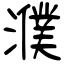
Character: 濮